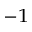
^ { - 1 }